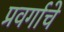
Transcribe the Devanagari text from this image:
प्रवर्गाचे